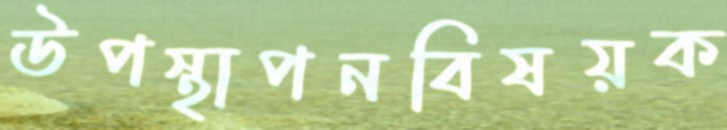
উপস্থাপনবিষয়ক